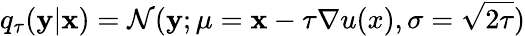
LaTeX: q_{\tau}(\mathbf{y}|\mathbf{x})=\mathcal{N}(\mathbf{y};\mu=\mathbf{x}-\tau\nabla u(x),\sigma=\sqrt{2\tau})